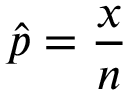
{ \hat { p } } = { \frac { x } { n } }